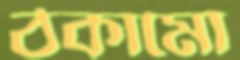
ঠকামো